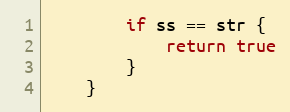
Language: Go
		if ss == str {
			return true
		}
	}